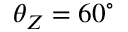
\theta _ { Z } = 6 0 ^ { \circ }